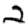
Digit: 2